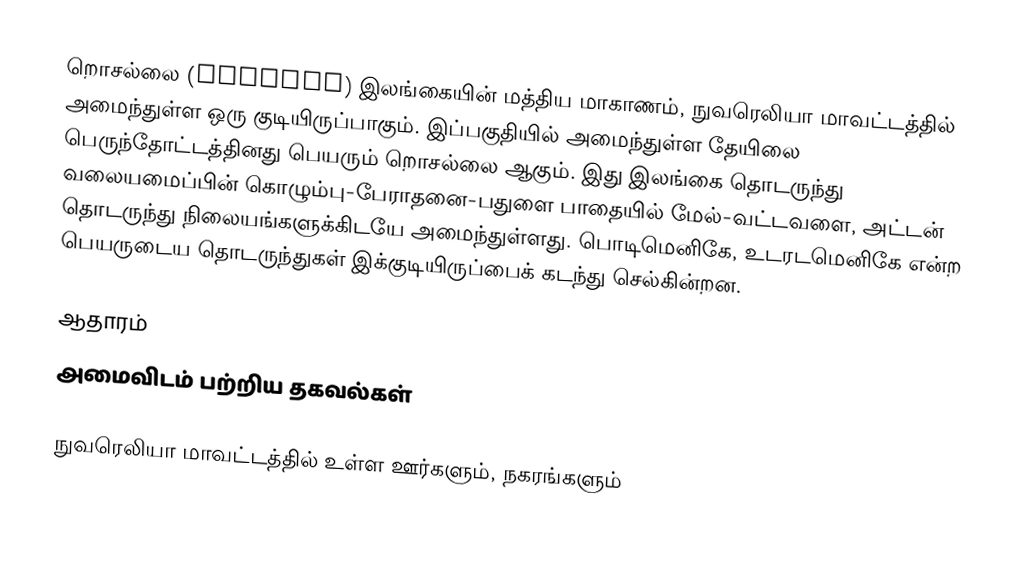
றொசல்லை (Rozella) இலங்கையின்  மத்திய மாகாணம், நுவரெலியா மாவட்டத்தில் அமைந்துள்ள ஒரு குடியிருப்பாகும். இப்பகுதியில் அமைந்துள்ள தேயிலை பெருந்தோட்டத்தினது பெயரும் றொசல்லை ஆகும். இது இலங்கை தொடருந்து வலையமைப்பின் கொழும்பு-பேராதனை-பதுளை பாதையில் மேல்-வட்டவளை, அட்டன் தொடருந்து நிலையங்களுக்கிடயே அமைந்துள்ளது. பொடிமெனிகே, உடரடமெனிகே என்ற பெயருடைய தொடருந்துகள் இக்குடியிருப்பைக் கடந்து செல்கின்றன.

ஆதாரம்
அமைவிடம் பற்றிய தகவல்கள்

நுவரெலியா மாவட்டத்தில் உள்ள ஊர்களும், நகரங்களும்